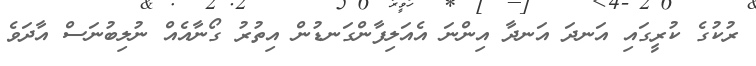
ރުކުގެ ކުރީގައި އަނދަ އަނދާ އިންނަ އެއަލިފާންގަނޑުން އިތުރު ގޯނާއެއް ނުލިބުނަސް އާދަވެ